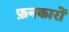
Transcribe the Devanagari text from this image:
फ़नकारों